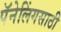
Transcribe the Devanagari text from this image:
पॅनेलिंगसाठी